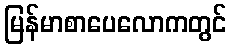
မြန်မာစာပေလောကတွင်